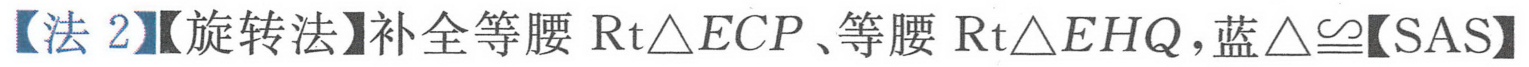
【法 2】【旋转法】补全等腰\(\text{Rt}\triangle ECP\)、等腰\(\text{Rt}\triangle EHQ\)，蓝\(\triangle\cong\)【SAS】